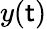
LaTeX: y(\mathsf{t})